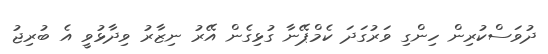
ދުވަސްކުރިން ހިންގި ވަރުގަދަ ކެމްޕޭނާ ގުޅިގެން އޭރު ނިޒާރު ވިދާޅުވީ އެ ބުރިޖު